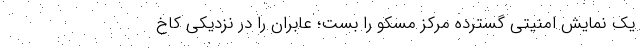
یک نمایش امنیتی گسترده مرکز مسکو را بست؛ عابران را در نزدیکی کاخ